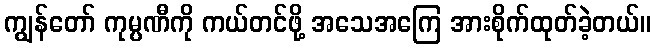
ကျွန်တော် ကုမ္ပဏီကို ကယ်တင်ဖို့ အသေအကြေ အားစိုက်ထုတ်ခဲ့တယ်။